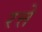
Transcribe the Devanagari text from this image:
रत्ते